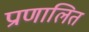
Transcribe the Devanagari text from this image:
प्राणालित